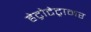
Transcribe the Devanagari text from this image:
हेट्रोटेट्रामर